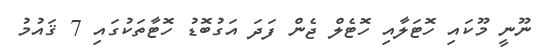
ނޫނީ މޫކައި ހޮޓަލާއި ހޮޓެލް ޖެން ފަދަ އަގުބޮޑު ހޮޓާތަކުގައި 7 ޤައުމު